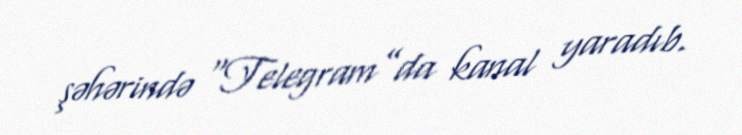
şəhərində “Telegram”da kanal yaradıb.